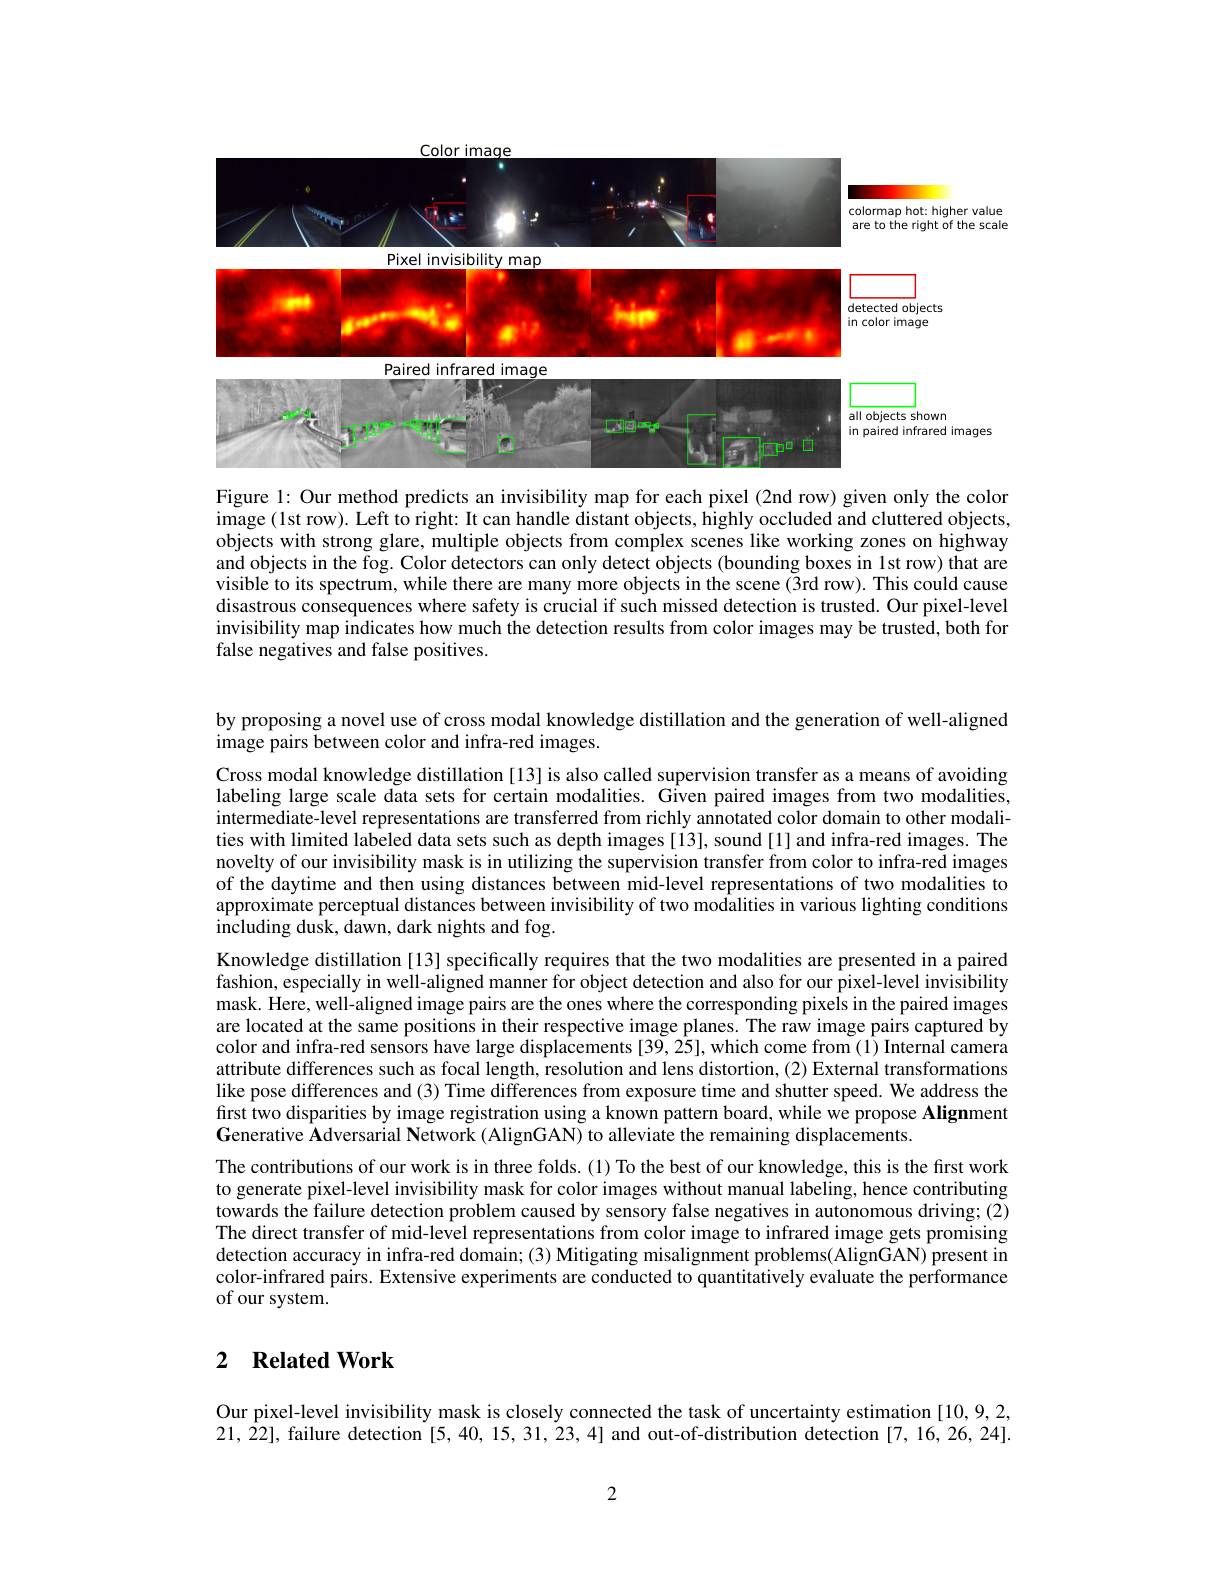
<FigureHere>

Figure l: Our method predicts an invisibility map for each pixel (2nd row) given only the color image (lst row). Left to right: It can handle distant objects, highly occluded and cluttered objects, objects with strong glare, multiple objects from complex scenes like working zones on highway and objects in the fog. Color detectors can only detect objects (bounding boxes in 1st row) that are visible to its spectrum, while there are many more objects in the scene (3rd row). This could cause disastrous consequences where safety is crucial if such missed detection is trusted. Our pixel-level invisibility map indicates how much the detection results from color images may be trusted, both for false negatives and false positives.

by proposing a novel use of cross modal knowledge distillation and the generation of well-aligned
image pairs between color and infra-red images.

Cross modal knowledge distillation [13] is also called supervision transfer as a means of avoiding labeling large scale data sets for certain modalities. Given paired images from two modalities, intermediate-level representations are transferred from richly annotated color domain to other modalities with limited labeled data sets such as depth images[13], sound[1] and infra-red images. The novelty of our invisibility mask is in utilizing the supervision transfer from color to infra-red images of the daytime and then using distances between mid-level representations of two modalities to approximate perceptual distances between invisibility of two modalities in various lighting conditions including dusk, dawn, dark nights and fog.
Knowledge distillation [13] specifically requires that the two modalities are presented in a paired fashion, especially in well-aligned manner for object detection and also for our pixel-level invisibility mask. Here, well-aligned image pairs are the ones where the corresponding pixels in the paired images are located at the same positions in their respective image planes. The raw image pairs captured by color and infra-red sensors have large displacements [39,25], which come from (1) Internal camera attribute differences such as focal length, resolution and lens distortion, (2) External transformations like pose differences and (3) Time differences from exposure time and shutter speed. We address the first two disparities by image registration using a known pattern board, while we propose Alignment Generative Adversarial Network (AlignGAN) to alleviate the remaining displacements.
The contributions of our work is in three folds. (1) To the best of our knowledge, this is the first work to generate pixel-level invisibility mask for color images without manual labeling, hence contributing towards the failure detection problem caused by sensory false negatives in autonomous driving; (2) The direct transfer of mid-level representations from color image to infrared image gets promising detection accuracy in infra-red domain; (3) Mitigating misalignment problems(AlignGAN) present in color-infrared pairs. Extensive experiments are conducted to quantitatively evaluate the performance of our system.

### 2 $\textbf{Related Work}$

Our pixel-level invisibility mask is closely connected the task of uncertainty estimation [10,9,2,0] 21,22], failure detection [5,40,15,31,23,4] and out-of-distribution detection [7,16,26,24].

2